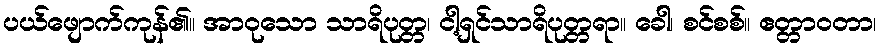
ပယ်ဖျောက်ကုန်၏။ အာဝုသော သာရိပုတ္တ၊ ငါ့ရှင်သာရိပုတ္တရာ။ ခေါ၊ စင်စစ်။ ဧတ္တာဝတာ၊